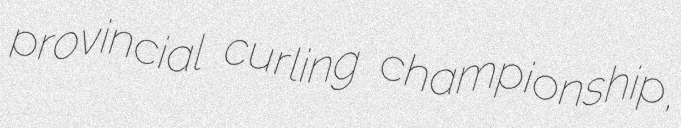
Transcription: provincial curling championship,